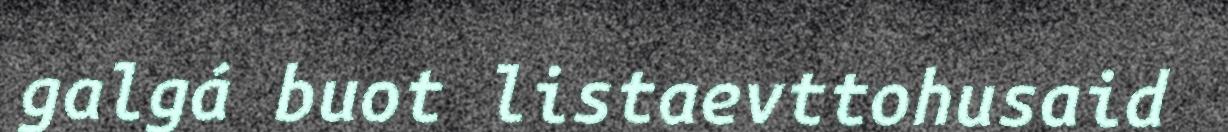
galgá buot listaevttohusaid